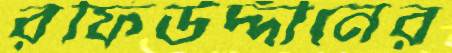
রফিউদ্দীনের